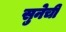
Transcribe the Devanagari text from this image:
सुनेची